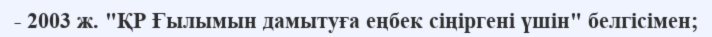
- 2003 ж. "ҚР Ғылымын дамытуға еңбек сіңіргені үшін" белгісімен;